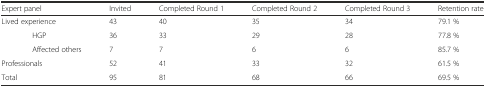
<table><thead><tr><td colspan="2"><b>Expert panel</b></td><td><b>Invited</b></td><td><b>Completed Round 1</b></td><td><b>Completed Round 2</b></td><td><b>Completed Round 3</b></td><td><b>Retention rate</b></td></tr></thead><tbody><tr><td colspan="2">Lived experience</td><td>43</td><td>40</td><td>35</td><td>34</td><td>79.1 %</td></tr><tr><td></td><td>HGP</td><td>36</td><td>33</td><td>29</td><td>28</td><td>77.8 %</td></tr><tr><td></td><td>Affected others</td><td>7</td><td>7</td><td>6</td><td>6</td><td>85.7 %</td></tr><tr><td colspan="2">Professionals</td><td>52</td><td>41</td><td>33</td><td>32</td><td>61.5 %</td></tr><tr><td colspan="2">Total</td><td>95</td><td>81</td><td>68</td><td>66</td><td>69.5 %</td></tr></tbody></table>